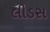
લીડસ